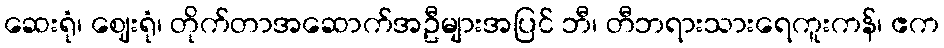
ဆေးရုံ၊ ဈေးရုံ၊ တိုက်တာအဆောက်အဦများအပြင် ဘီ၊ တီဘရားသားရေကူးကန်၊ ဧက